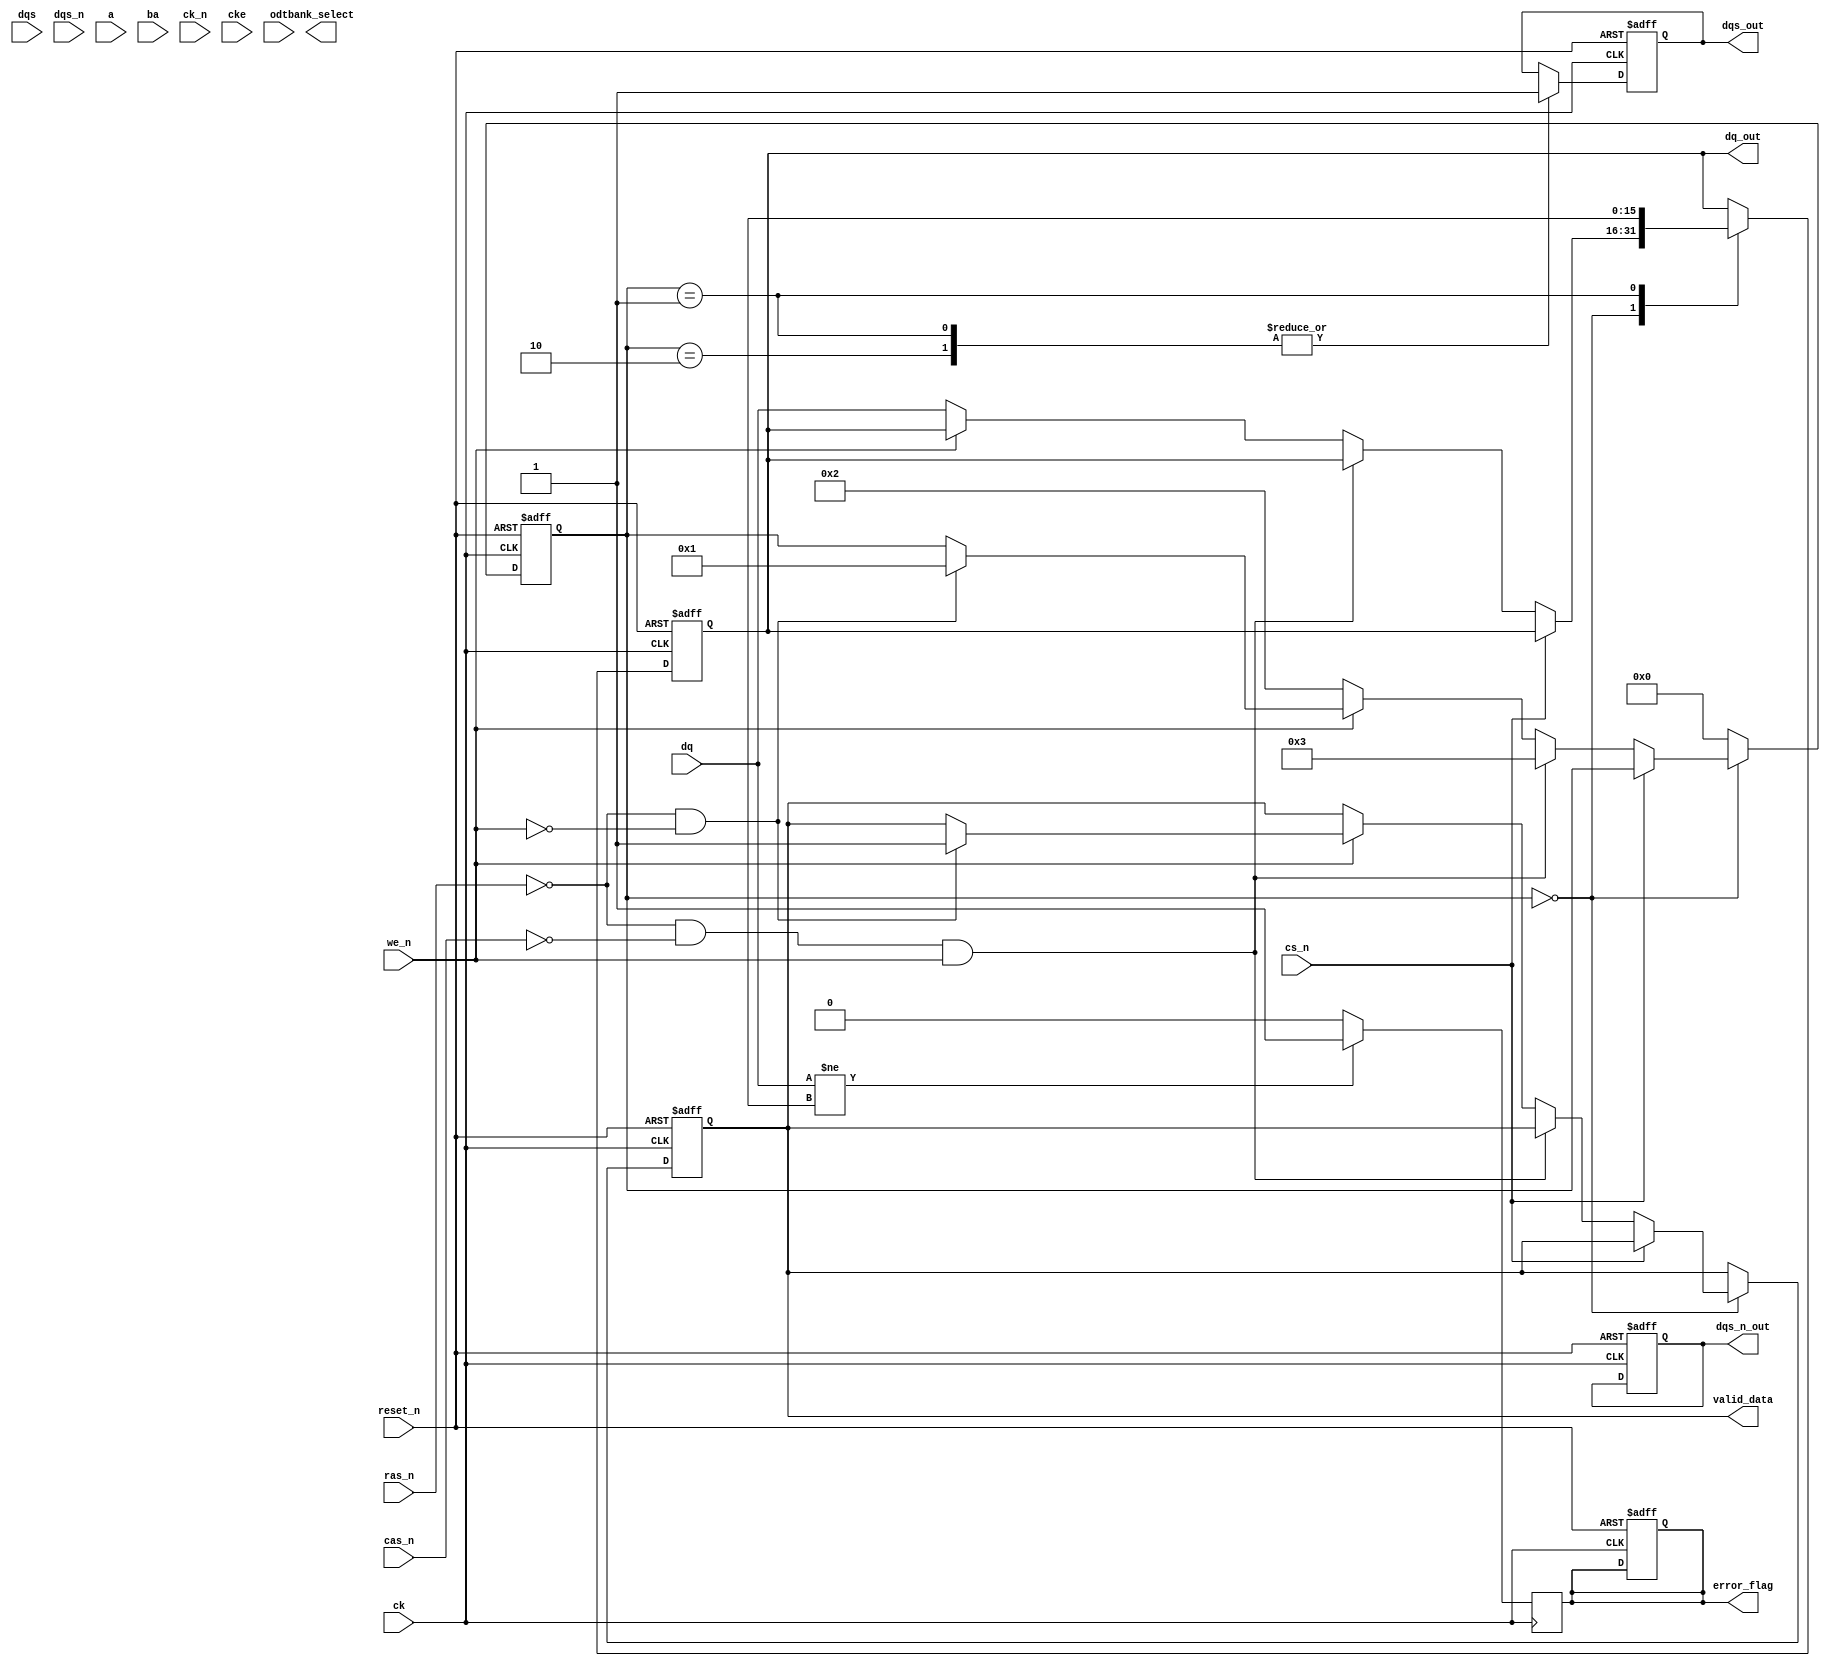
module ddr2_io_block (
    // Input signals
    input wire [15:0] dq,      // Bi-directional data signal (16 DQ lines)
    input wire dqs,            // Data Strobe Signal
    input wire dqs_n,          // Inverted Data Strobe Signal
    input wire [12:0] a,       // Address signals (12 bits)
    input wire [2:0] ba,       // Bank Address signals (3 bits)
    input wire cs_n,           // Chip Select (active low)
    input wire ras_n,          // Row Address Strobe (active low)
    input wire cas_n,          // Column Address Strobe (active low)
    input wire we_n,           // Write Enable (active low)
    input wire ck,             // Clock signal
    input wire ck_n,           // Inverted Clock signal
    input wire cke,            // Clock Enable
    input wire odt,            // On-Die Termination (active high)
    input wire reset_n,        // Reset signal (active low)

    // Output signals
    output reg [15:0] dq_out,  // Output data to memory (driven when writing)
    output reg dqs_out,        // Data Strobe output
    output reg dqs_n_out,      // Inverted Data Strobe output
    output reg [2:0] bank_select, // Selected bank for operation
    output reg valid_data,      // Valid data flag
    output reg error_flag       // Error flag for ECC or other checks
);

// Internal signals
reg [3:0] state;                // State machine for control logic
reg [15:0] data_buffer;         // Buffer for incoming/outgoing data

// State definitions
localparam IDLE = 4'b0000, 
           READ = 4'b0001, 
           WRITE = 4'b0010, 
           REFRESH = 4'b0011;

// Always block for controlling the DDR2 operations
always @(posedge ck or negedge reset_n) begin
    if (!reset_n) begin
        dq_out <= 16'b0;
        dqs_out <= 1'b0;
        dqs_n_out <= 1'b1;
        state <= IDLE;
        valid_data <= 1'b0;
        error_flag <= 1'b0;
    end else begin
        case (state)
            IDLE: begin
                if (!cs_n) begin
                    if (!ras_n && !cas_n && we_n) begin // Refresh operation
                        state <= REFRESH;
                    end else if (!we_n) begin // Write operation
                        state <= WRITE;
                        dq_out <= dq; // Capture data for write
                    end else if (!ras_n && !we_n) begin // Read operation
                        state <= READ;
                        valid_data <= 1'b1; // Data will be valid for read
                    end
                end
            end
            WRITE: begin
                // Write logic
                dqs_out <= 1'b1; // Activate data strobe
                // Additional write timing logic to go here.
                state <= IDLE; // Return to idle after operation
            end
            READ: begin
                // Read logic
                dq_out <= data_buffer; // Send out data
                dqs_out <= 1'b1; // Activate data strobe
                // Additional read timing logic to go here.
                state <= IDLE; // Return to idle after operation
            end
            REFRESH: begin
                // Refresh logic
                // Generate refresh commands
                state <= IDLE; // Return to idle after operation
            end
            default: state <= IDLE;
        endcase
    end
end

// Error handling for ECC or other relevant checks
always @(posedge ck) begin
    // Simple error flag example, real error detection needs more complexity
    if (dq != data_buffer) begin
        error_flag <= 1'b1; // Set error flag if data mismatch
    end else begin
        error_flag <= 1'b0; // Clear error
    end
end

endmodule